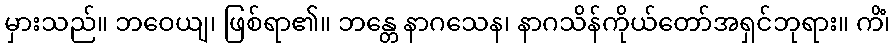
မှားသည်။ ဘဝေယျ၊ ဖြစ်ရာ၏။ ဘန္တေ နာဂသေန၊ နာဂသိန်ကိုယ်တော်အရှင်ဘုရား။ ကိံ၊